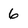
Character: 6